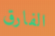
الفارق